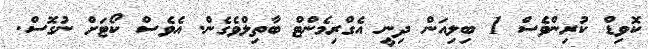
ކޮވިޑް ކުރިންވެސް 1 ބިލިއަން ދިނީ އެގްރިމެންޓް ބާތިލްވެގެން. އެވެސް ކޯޓަށް ނުގޮސް.